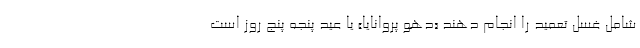
شامل غسل تعمید را انجام دهند «دهو پروانایا» یا عید پنجه پنج روز است